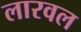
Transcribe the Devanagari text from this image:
लारवल